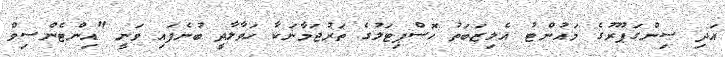
އަދި ސިންގަޕޫރުގެ މައުންޓު އެލިޒަބަތު ހޮސްޕިޓަލުގެ ތަރުޖަމާނަކާ ހަވާލާދީ ބުނެފައި ވަނީ "އިންޓެންސިވް